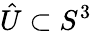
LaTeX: \hat{U}\subset S^{3}